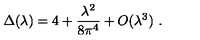
\Delta ( \lambda ) = 4 + { \frac { \lambda ^ { 2 } } { 8 \pi ^ { 4 } } } + O ( \lambda ^ { 3 } ) \ .